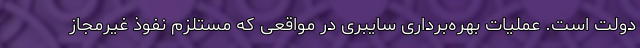
دولت است. عملیات بهره‌‌برداری سایبری در مواقعی که مستلزم نفوذ غیرمجاز